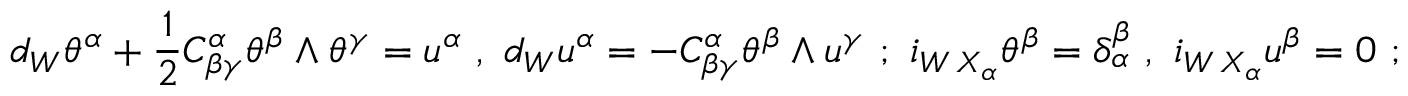
d _ { W } \theta ^ { \alpha } + { \frac { 1 } { 2 } } C _ { \beta \gamma } ^ { \alpha } \theta ^ { \beta } \wedge \theta ^ { \gamma } = u ^ { \alpha } \ , \ { } d _ { W } u ^ { \alpha } = - C _ { \beta \gamma } ^ { \alpha } \theta ^ { \beta } \wedge u ^ { \gamma } \ ; \ { } i _ { W \, X _ { \alpha } } \theta ^ { \beta } = \delta _ { \alpha } ^ { \beta } \ , \ { } i _ { W \, X _ { \alpha } } u ^ { \beta } = 0 \ ;